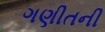
ગણીતની